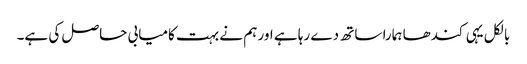
بالکل یہی کندھا ہمارا ساتھ دے رہا ہے اور ہم نے بہت کامیابی حاصل کی ہے۔